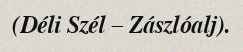
(Déli Szél – Zászlóalj).